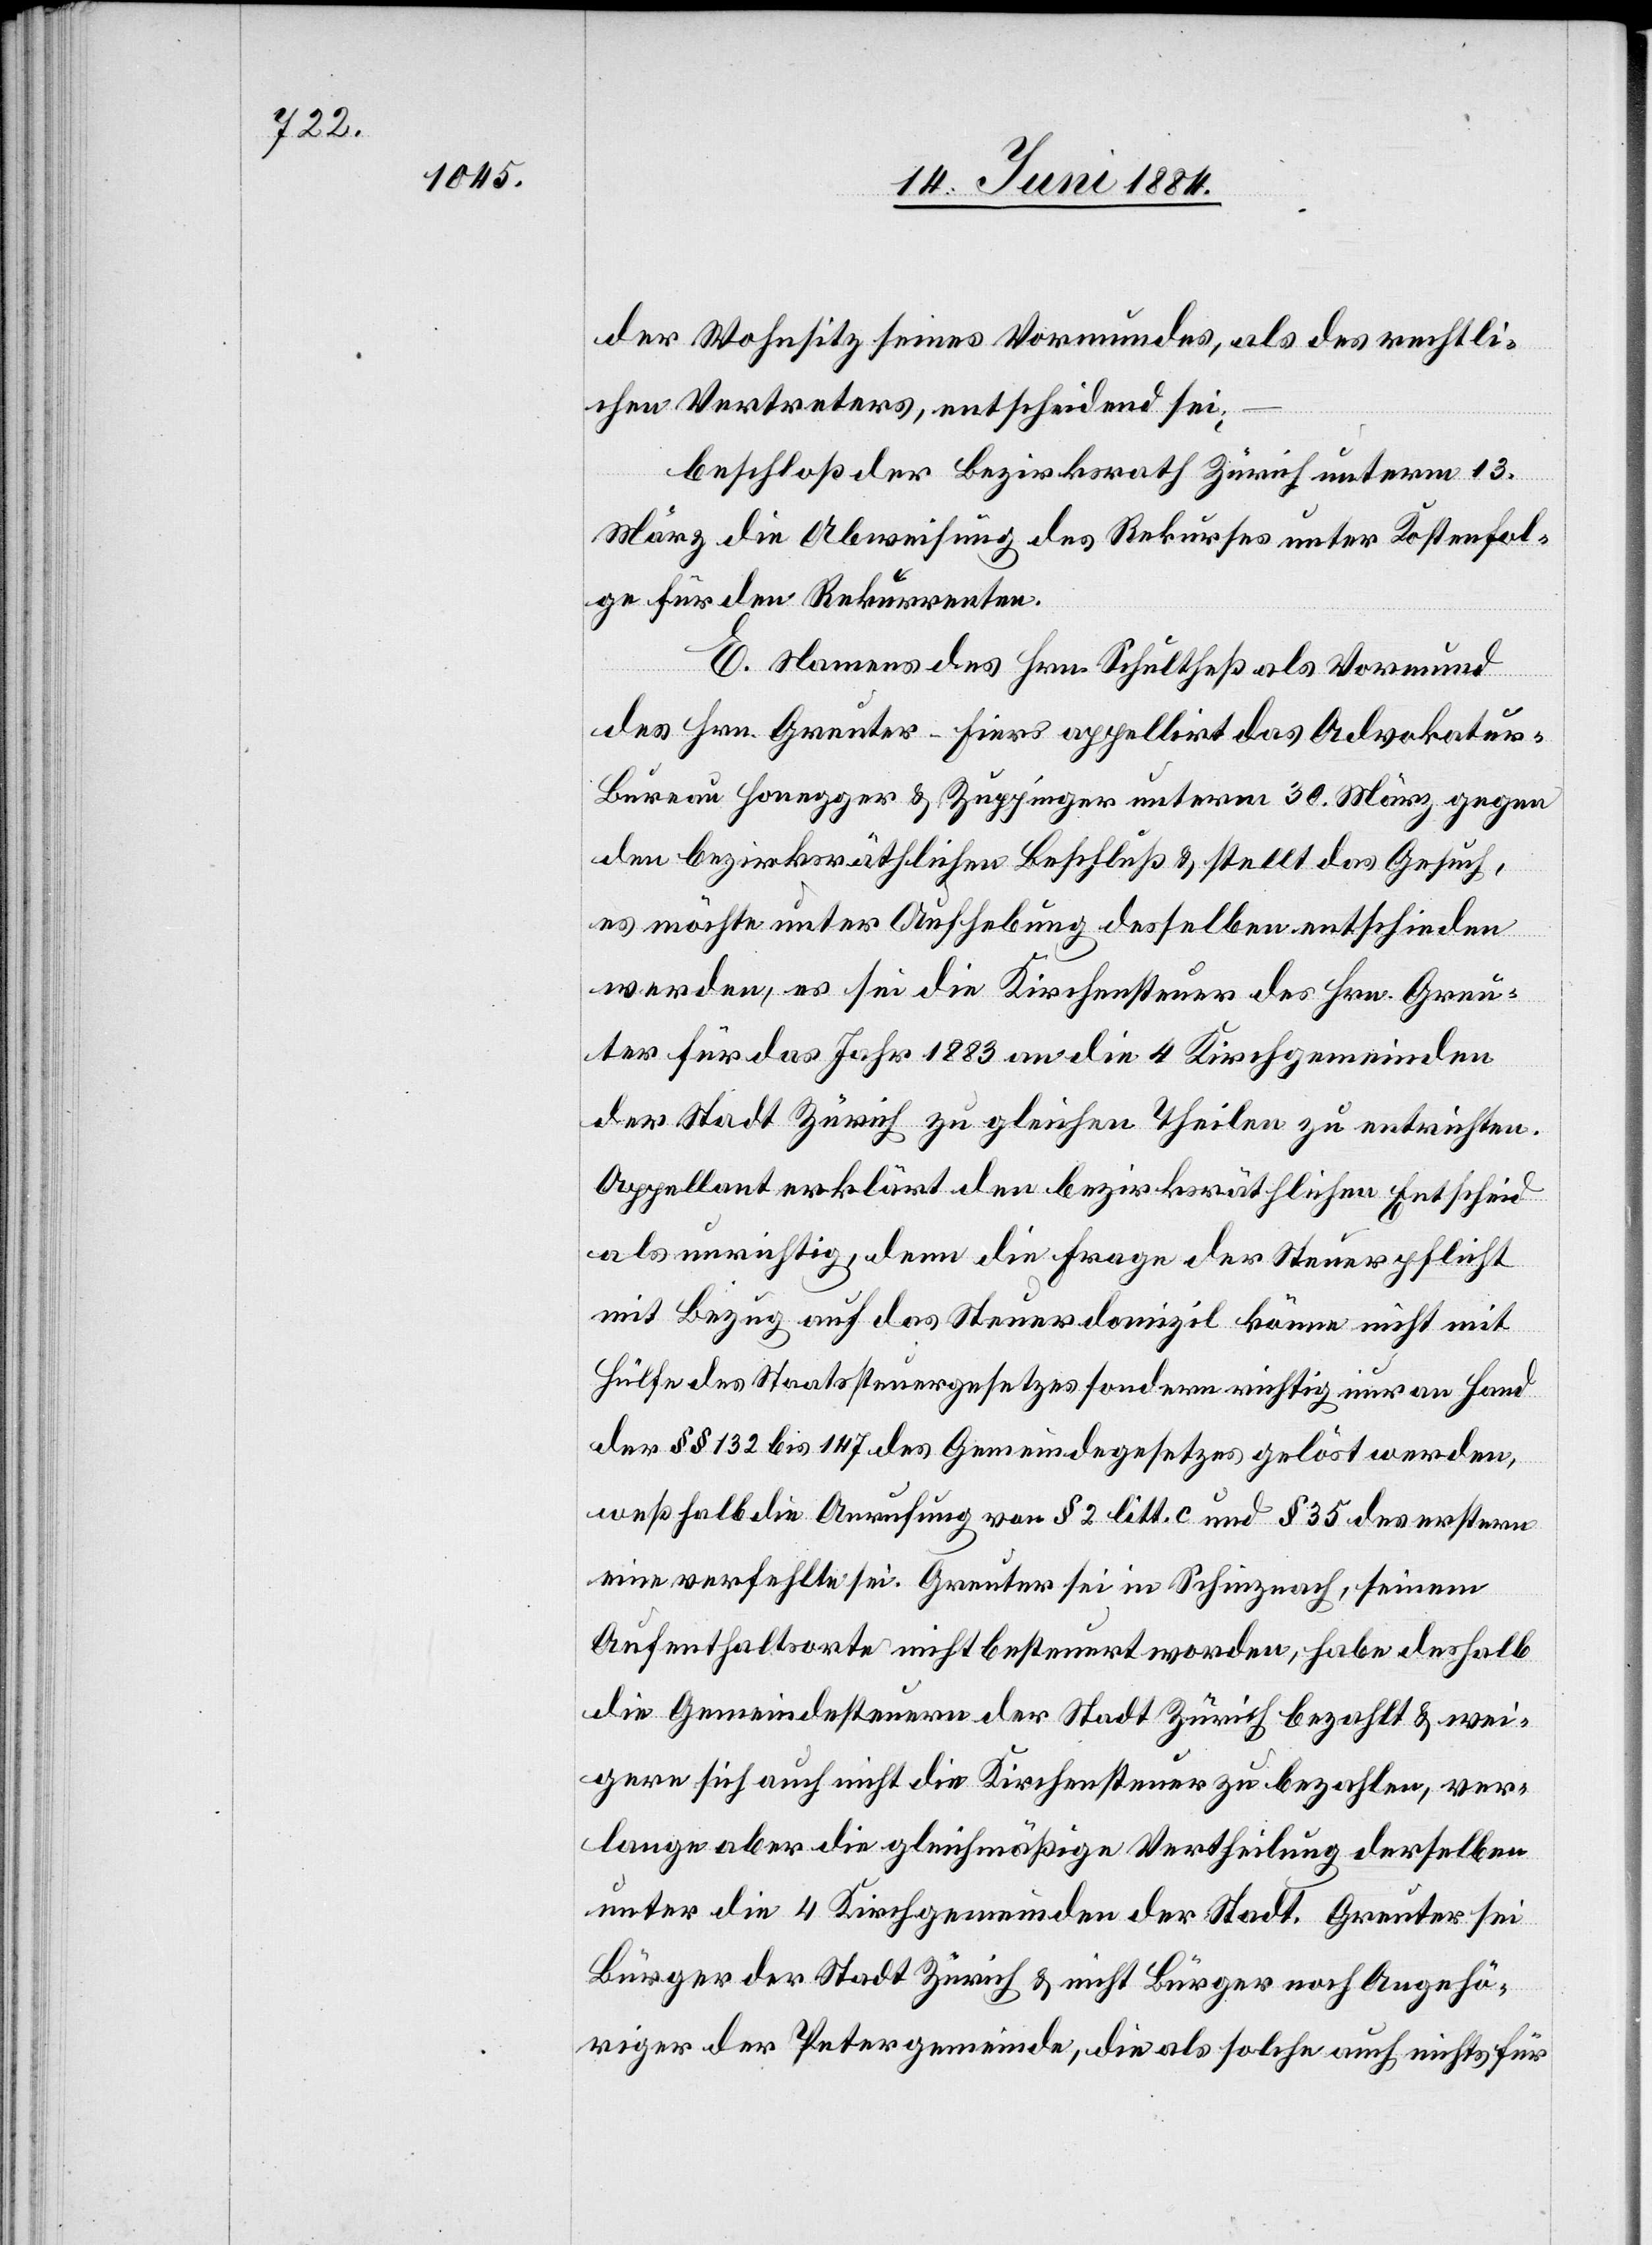
der Wohnsitz seines Vormundes, als des rechtli¬
chen Vertreters, entscheidend sei,
beschloß der Bezirksrath Zürich unterm 13.
März die Abweisung des Rekurses unter Kostenfol¬
ge für den Rekurrenten.
E. Namens des Hrn. Schultheß als Vormund
des Hrn. Greuter-Fiers appellirt das Advokatur-B¬
ureau Honegger & Zuppinger unterm 30. März gegen
den bezirksräthlichen Beschluß & stellt das Gesuch,
es möchte unter Aufhebung desselben entschieden
werden, es sei die Kirchensteuer des Hrn. Greu¬
ter für das Jahr 1883 an die 4 Kirchgemeinden
der Stadt Zürich zu gleichen Theilen zu entrichten.
Appellant erklärt den bezirksräthlichen Entscheid
als unrichtig, denn die Frage der Steuerpflicht
mit Bezug auf das Steuerdomizil könne nicht mit
Hülfe des Staatssteuergesetzes sondern richtig nur an Hand
der §§ 132 bis 147 des Gemeindegesetzes gelöst werden,
weßhalb die Anrufung von § 2 litt. c und § 35 des erstern
eine verfehlte sei. Greuter sei in Schinznach, seinem
Aufenthaltsorte nicht besteuert worden, habe deshalb
die Gemeindesteuern der Stadt Zürich bezahlt & wei¬
gere sich auch nicht die Kirchensteuer zu bezahlen, ver¬
lange aber die gleichmäßige Vertheilung derselben
unter die 4 Kirchgemeinden der Stadt. Greuter sei
Bürger der Stadt Zürich & nicht Bürger noch Angehö¬
riger der Petergemeinde, die als solche auch nichts für